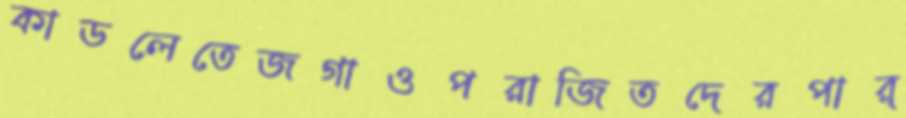
কাডলেতেজগাওপরাজিতদেরপার্